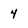
Character: 4